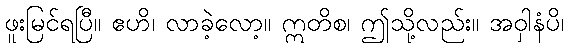
ဖူးမြင်ရပြီ။ ဧဟိ၊ လာခဲ့လော့။ ဣတိစ၊ ဤသို့လည်း။ အဝှါနံပိ၊